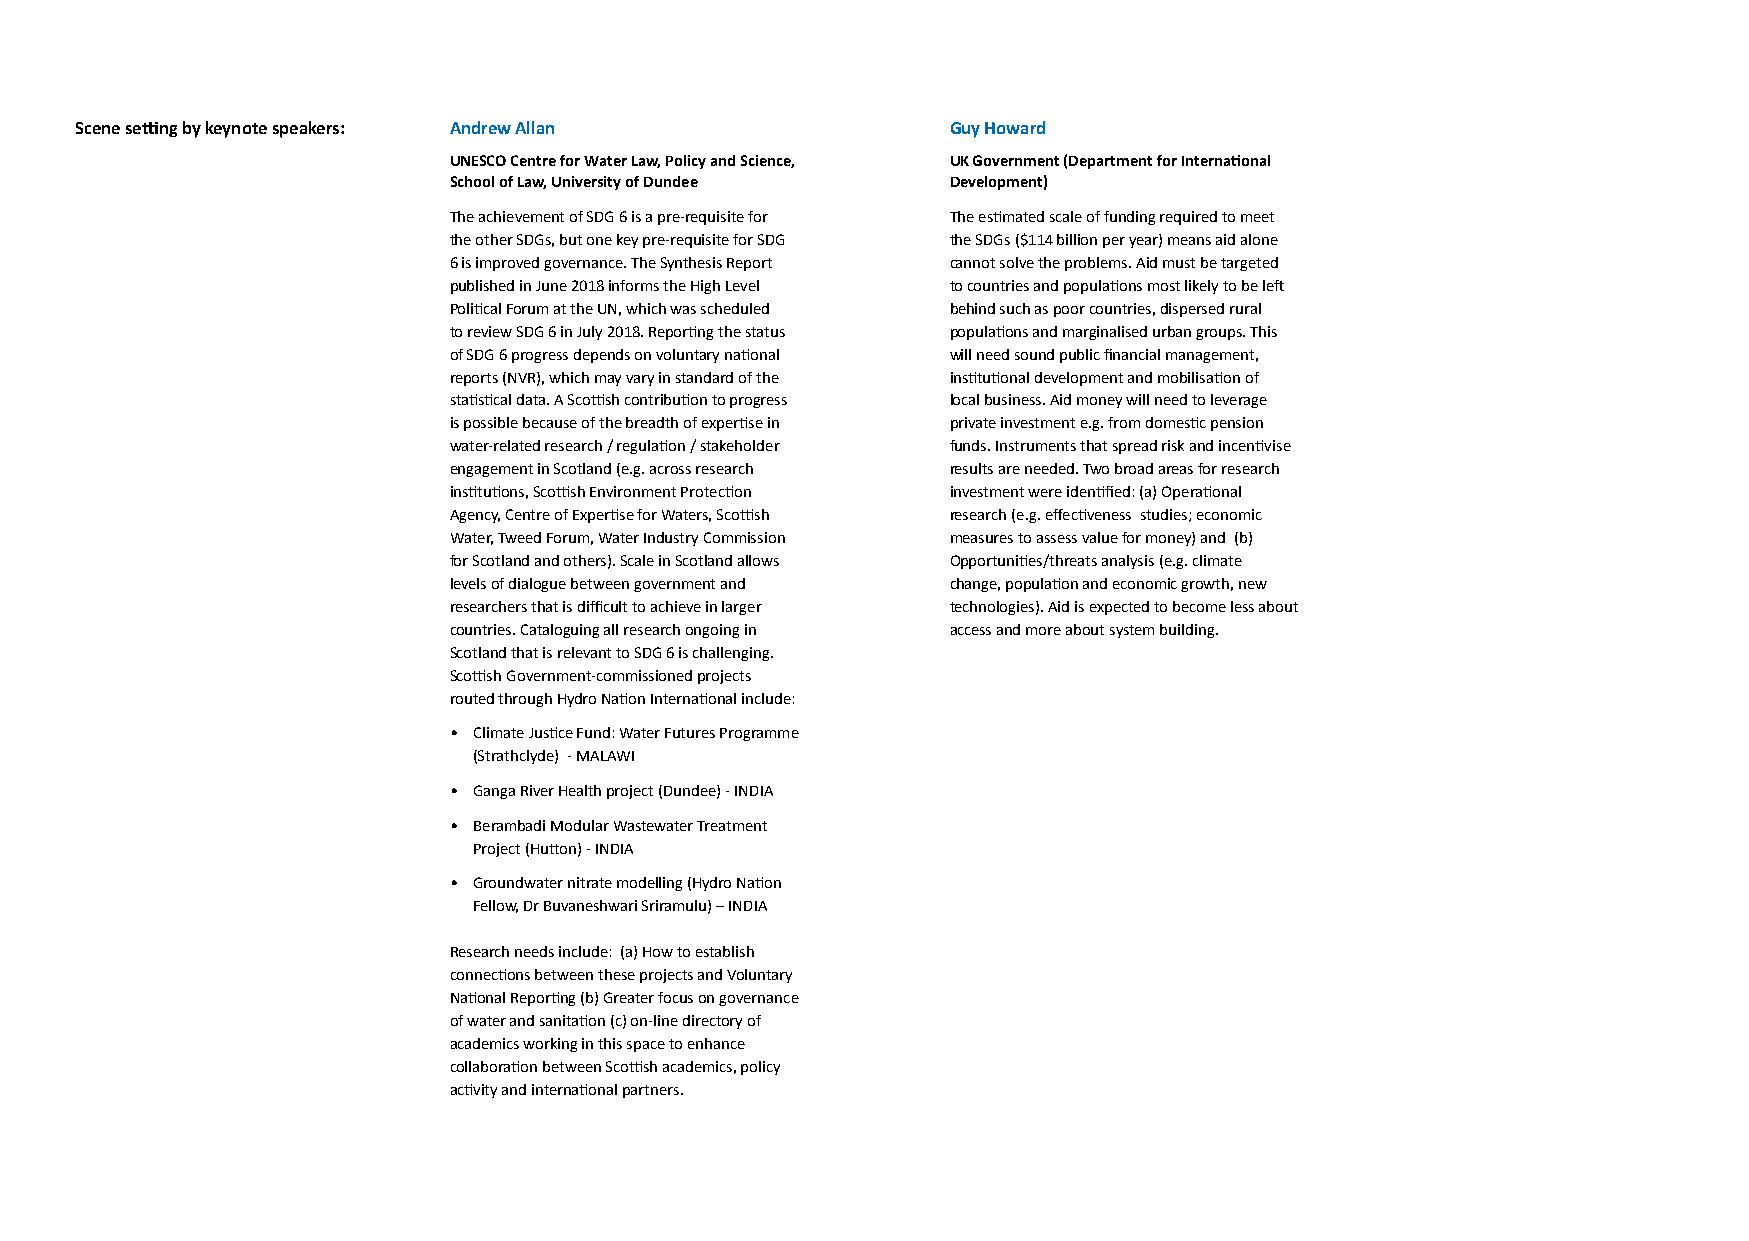
Scene setting by keynote speakers: Andrew Allan           Guy Howard
 UNESCO Centre for Water Law, Policy and Science, UK Government (Department for International
 School of Law, University of Dundee Development)
 The achievement of SDG 6 is a pre-requisite for The estimated scale of funding required to meet
 the other SDGs, but one key pre-requisite for SDG the SDGs ($114 billion per year) means aid alone
 6 is improved governance. The Synthesis Report cannot solve the problems. Aid must be targeted
 published in June 2018 informs the High Level to countries and populations most likely to be left
 Political Forum at the UN, which was scheduled behind such as poor countries, dispersed rural
 to review SDG 6 in July 2018. Reporting the status populations and marginalised urban groups. This
 of SDG 6 progress depends on voluntary national will need sound public financial management,
 reports (NVR), which may vary in standard of the institutional development and mobilisation of
 statistical data. A Scottish contribution to progress local business. Aid money will need to leverage
 is possible because of the breadth of expertise in private investment e.g. from domestic pension
 water-related research / regulation / stakeholder funds. Instruments that spread risk and incentivise
 engagement in Scotland (e.g. across research results are needed. Two broad areas for research
 institutions, Scottish Environment Protection investment were identified: (a) Operational
 Agency, Centre of Expertise for Waters, Scottish research (e.g. effectiveness studies; economic
 Water, Tweed Forum, Water Industry Commission measures to assess value for money) and (b)
 for Scotland and others). Scale in Scotland allows Opportunities/threats analysis (e.g. climate
 levels of dialogue between government and change, population and economic growth, new
 researchers that is difficult to achieve in larger technologies). Aid is expected to become less about
 countries. Cataloguing all research ongoing in access and more about system building.
 Scotland that is relevant to SDG 6 is challenging.
 Scottish Government-commissioned projects
 routed through Hydro Nation International include:
 • Climate Justice Fund: Water Futures Programme
 (Strathclyde) - MALAWI
 • Ganga River Health project (Dundee) - INDIA
 • Berambadi Modular Wastewater Treatment
 Project (Hutton) - INDIA
 • Groundwater nitrate modelling (Hydro Nation
 Fellow, Dr Buvaneshwari Sriramulu) – INDIA
 Research needs include: (a) How to establish
 connections between these projects and Voluntary
 National Reporting (b) Greater focus on governance
 of water and sanitation (c) on-line directory of
 academics working in this space to enhance
 collaboration between Scottish academics, policy
 activity and international partners.